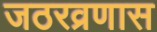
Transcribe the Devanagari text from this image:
जठरव्रणास